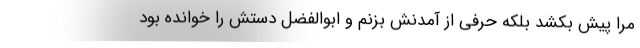
مرا پیش بکشد بلکه حرفی از آمدنش بزنم و ابوالفضل دستش را خوانده بود